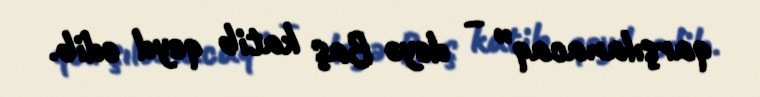
qarşılanacaq” – deyə Baş katib qeyd edib.